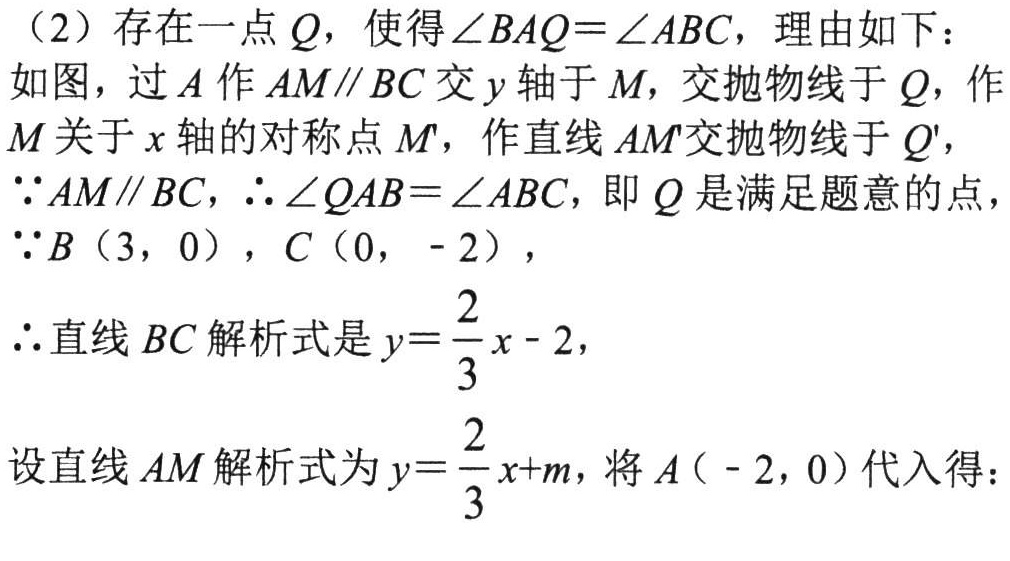
（2）存在一点\(Q\)，使得\(\angle BAQ = \angle ABC\)，理由如下：
如图，过\(A\)作\(AM\parallel BC\)交\(y\)轴于\(M\)，交抛物线于\(Q\)，作\(M\)关于\(x\)轴的对称点\(M'\)，作直线\(AM'\)交抛物线于\(Q'\)，
\(\because AM\parallel BC\)，\(\therefore \angle QAB=\angle ABC\)，即\(Q\)是满足题意的点，
\(\because B(3,0)\)，\(C(0,-2)\)，
\(\therefore\)直线\(BC\)解析式是\(y = \dfrac{2}{3}x - 2\)，
设直线\(AM\)解析式为\(y=\dfrac{2}{3}x + m\)，将\(A(-2,0)\)代入得：